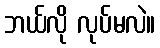
ဘယ်လို လုပ်မလဲ။